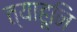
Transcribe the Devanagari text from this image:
त्याहूनि